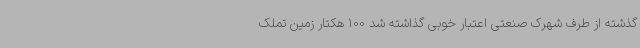
گذشته از طرف شهرک صنعتی اعتبار خوبی گذاشته شد 100 هکتار زمین تملک